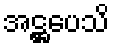
အဋ္ဌပေသိ